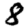
Digit: 8